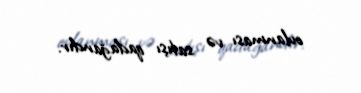
ovlanması və satışı qadağandır.